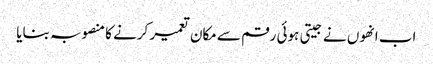
اب انھوں نے جیتی ہوئی رقم سے مکان تعمیر کرنے کا منصوبہ بنایا